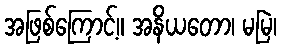
အဖြစ်ကြောင့်။ အနိယတော၊ မမြဲ၊